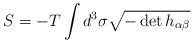
LaTeX: \begin{align*}S = -T \int d^3 \sigma \sqrt{-\det h_{\alpha \beta}}\end{align*}